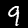
Label: 9